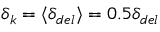
\delta _ { k } = \langle \delta _ { d e l } \rangle = 0 . 5 \delta _ { d e l }